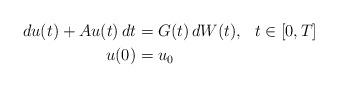
LaTeX: \begin{align*} du(t)+Au(t)\,dt&=G(t)\,dW(t), \ \ t\in [0,T]\\ u(0)&=u_0\end{align*}